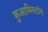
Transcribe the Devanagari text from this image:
कुआमिनटांग